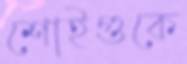
শোইগুকে